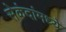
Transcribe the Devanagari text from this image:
सेकंदांमध्ये